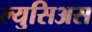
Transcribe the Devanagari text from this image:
ल्युसिअस